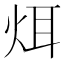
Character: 𪸥